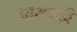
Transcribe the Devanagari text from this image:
चाराबाड़ी